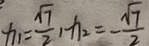
x _ { 1 } = \frac { \sqrt { 7 } } { 2 } , x _ { 2 } = - \frac { \sqrt { 7 } } { 2 }